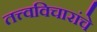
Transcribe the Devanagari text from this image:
तत्त्वविचारांचे